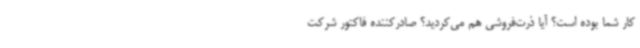
کار شما بوده است؟ آیا ذرت‌فروشی هم می‌کردید؟ صادرکننده فاکتور شرکت